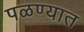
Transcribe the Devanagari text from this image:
पळण्यात